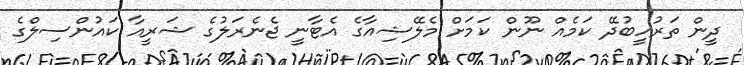
ދީން ތަރުހީބުދޭ ކަމެއް ނޫން ކަމަށް މެލޭޝިއާގެ އެޓާނީ ޖެނެރަލުގެ ޝަރީއާ ކައުންސިލްގެ